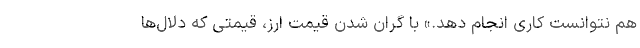
هم نتوانست کاری انجام دهد.» با گران شدن قیمت ارز، قیمتی که دلال‌ها